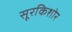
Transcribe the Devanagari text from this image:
सूरकिशोर